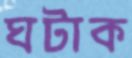
ঘটাক